画像に写った文字を読んでください
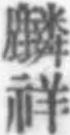
「麟祥」と書いてあります